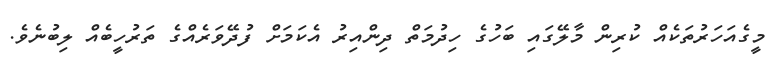
މީގެއަހަރުތަކެއް ކުރިން މާލޭގައި ބަހުގެ ހިދުމަތް ދިންއިރު އެކަމަށް ފުދޭވަރެއްގެ ތަރުހީބެއް ލިބުނެވެ.